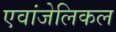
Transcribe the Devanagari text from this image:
एवांजेलिकल